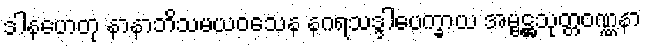
ဒါနဟေတု နာနာဘိသမယဝသေန နဂရသဒ္ဒါပေက္ခာယ အမ္ဗဋ္ဌသုတ္တဝဏ္ဏနာ